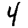
Digit: 4